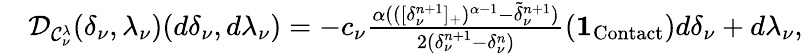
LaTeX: \begin{array}{rl}&{{\cal D}_{{\cal C}_{\nu}^{\lambda}}(\delta_{\nu},\lambda_{\nu})(d\delta_{\nu},d\lambda_{\nu})=-c_{\nu}\frac{\alpha(([\delta_{\nu}^{n+1}]_{+})^{\alpha-1}-\widetilde\delta_{\nu}^{n+1})}{2(\delta_{\nu}^{n+1}-\delta_{\nu}^{n})}({\mathbf 1}_{\mathrm{Contact}})d\delta_{\nu}+d\lambda_{\nu},}\end{array}